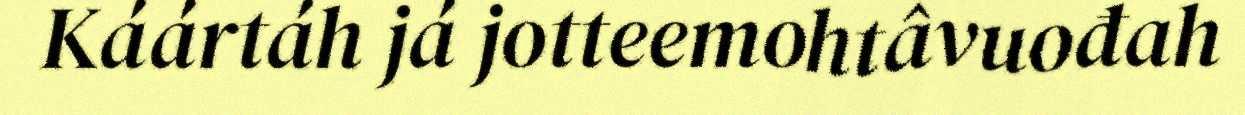
Káártáh já jotteemohtâvuođah